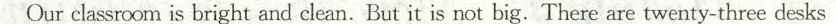
Our classroom is bright and clean.But it is not big.There are twenty-three desks